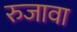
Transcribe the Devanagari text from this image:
रुजावा